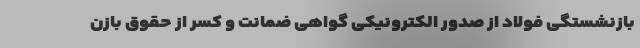
بازنشستگی فولاد از صدور الکترونیکی گواهی ضمانت و کسر از حقوق بازن